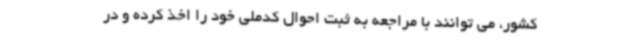
کشور، می توانند با مراجعه به ثبت احوال کدملی خود را اخذ کرده و در